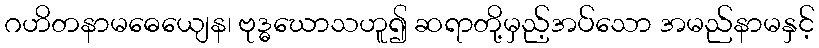
ဂဟိတနာမဓေယျေန၊ ဗုဒ္ဓဃောသဟူ၍ ဆရာတို့မှည့်အပ်သော အမည်နာမနှင့်